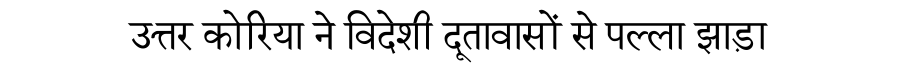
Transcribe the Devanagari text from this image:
उत्तर कोरिया ने विदेशी दूतावासों से पल्ला झाड़ा